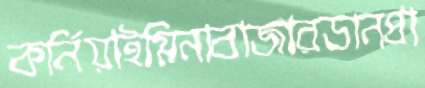
কর্নিয়াইমিনাবাজারডানপ্রা